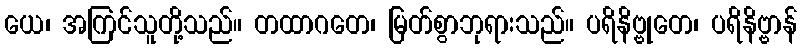
ယေ၊ အကြင်သူတို့သည်။ တထာဂတေ၊ မြတ်စွာဘုရားသည်။ ပရိနိဗ္ဗုတေ၊ ပရိနိဗ္ဗာန်